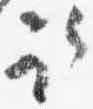
取